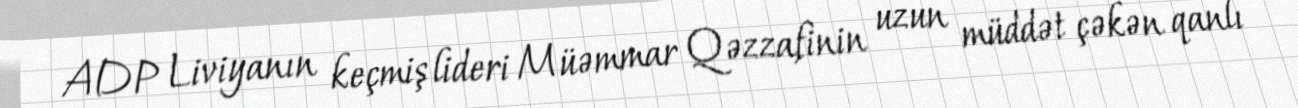
ADP Liviyanın keçmiş lideri Müəmmar Qəzzafinin uzun müddət çəkən qanlı